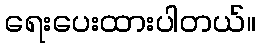
ရေးပေးထားပါတယ်။